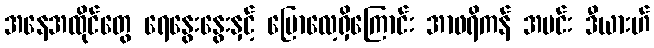
အနေအထိုင်တွေ ရေနွေးနွေးနှင့် ပြောလေ့ရှိကြောင်း အာဖရိကန် အမင်း ဒီယားဟ်